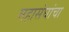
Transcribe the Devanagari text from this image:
महासंघांचा